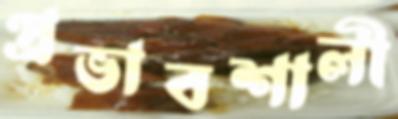
প্রভাবশালী